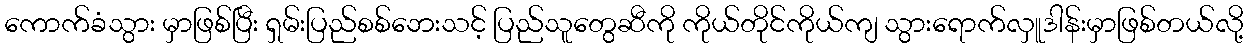
ကောက်ခံသွား မှာဖြစ်ပြီး ရှမ်းပြည်စစ်ဘေးသင့် ပြည်သူတွေဆီကို ကိုယ်တိုင်ကိုယ်ကျ သွားရောက်လှူဒါန်းမှာဖြစ်တယ်လို့